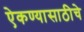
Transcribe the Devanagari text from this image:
ऐकण्यासाठीचे